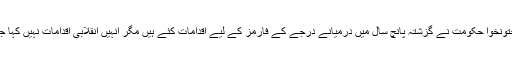
خیبر پختونخوا حکومت نے گزشتہ پانچ سال میں درمیانے درجے کے فارمز کے لیے اقدامات کئے ہیں مگر انہیں انقلابی اقدامات نہیں کہا جا سکتا ۔